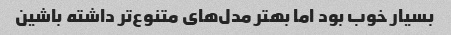
بسیار خوب بود اما بهتر مدل‌های متنوع‌تر داشته باشین